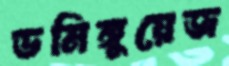
ডমিঙ্গুয়েজ